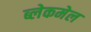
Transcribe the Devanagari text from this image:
ब्लेकमेल